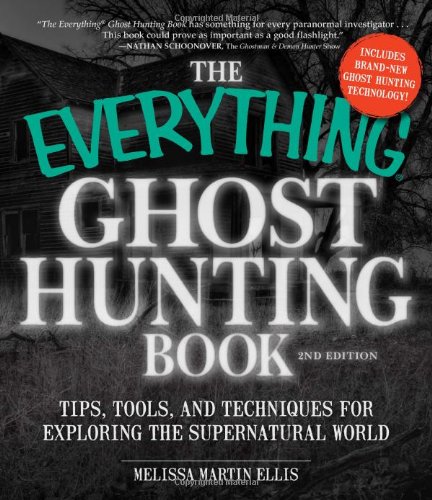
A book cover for The Everything Ghost Hunting Book: Tips, Tools, and Techniques for Exploring the Supernatural World; Melissa Martin Ellis; Religion & Spirituality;